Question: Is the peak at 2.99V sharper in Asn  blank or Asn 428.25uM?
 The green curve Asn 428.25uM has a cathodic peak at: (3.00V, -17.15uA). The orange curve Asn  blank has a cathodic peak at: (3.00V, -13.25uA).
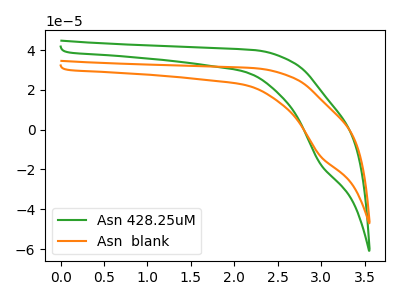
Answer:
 <answer>The peak at 2.99V is lower in "Asn  blank" than in "Asn 428.25uM".</answer>
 <eval>lower</eval>